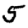
Digit: 5